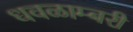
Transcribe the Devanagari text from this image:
धवळाम्बरी